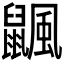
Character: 𪕴